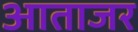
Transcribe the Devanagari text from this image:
आताजर